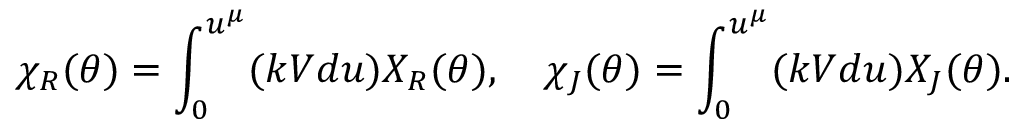
\chi _ { R } ( \theta ) = \int _ { 0 } ^ { u ^ { \mu } } ( k V d u ) X _ { R } ( \theta ) , \quad \chi _ { J } ( \theta ) = \int _ { 0 } ^ { u ^ { \mu } } ( k V d u ) X _ { J } ( \theta ) .